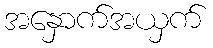
အနှောက်အယှက်